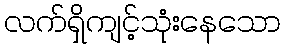
လက်ရှိကျင့်သုံးနေသော